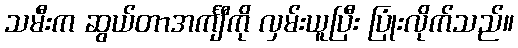
သမီးက ဆွယ်တာအင်္ကျီကို လှမ်းယူပြီး ပြုံးလိုက်သည်။